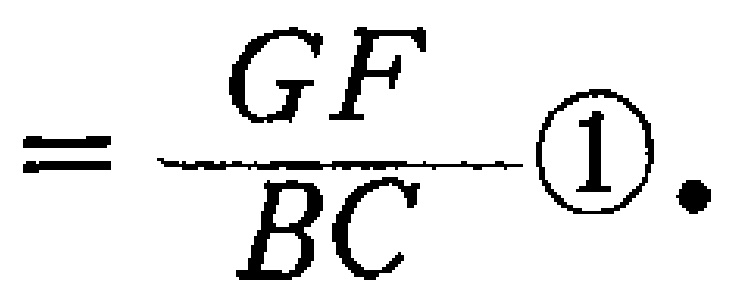
$=\frac{GF}{BC}\textcircled{1}.$